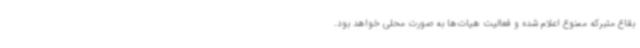
بقاع متبرکه ممنوع اعلام شده و فعالیت هیات‌ها به صورت محلی خواهد بود.